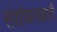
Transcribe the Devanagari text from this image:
संशोधनकारी